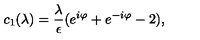
c _ { 1 } ( \lambda ) = { \frac { \lambda } { \epsilon } } ( e ^ { i \varphi } + e ^ { - i \varphi } - 2 ) ,